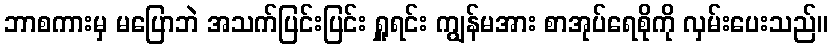
ဘာစကားမှ မပြောဘဲ အသက်ပြင်းပြင်း ရှူရင်း ကျွန်မအား စာအုပ်ရေစိုကို လှမ်းပေးသည်။